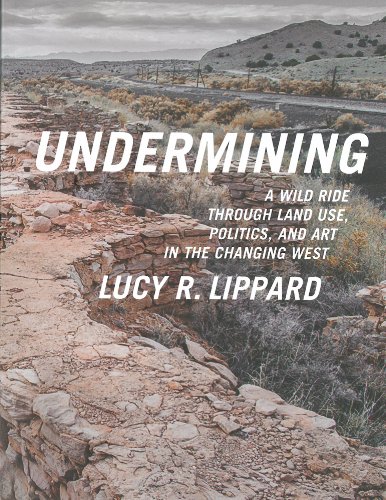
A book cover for Undermining: A Wild Ride Through Land Use, Politics, and Art in the Changing West; Lucy R. Lippard; Arts & Photography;